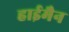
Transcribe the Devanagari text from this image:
हाईमैन